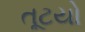
તૂટયો